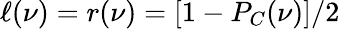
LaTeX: \ell(\nu)=r(\nu)=[1-P_{C}(\nu)]/2